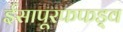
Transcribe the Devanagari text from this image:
ईसापूरफफड़्व